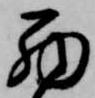
西